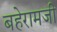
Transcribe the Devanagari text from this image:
बहेरामजी